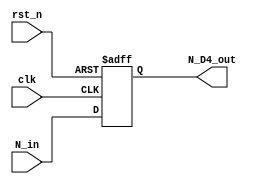
module R16_NPipeReg3(N_D4_out,                      
                     N_in,                          
                     rst_n,                         
                     clk                            
                     ) ;                            
                                                    
parameter P_WIDTH     = 64 ;                        
parameter P_ZERO      = 64'h0 ;                     
                                                    
                                                    
output [P_WIDTH-1:0] N_D4_out ;                     
                                                    
input [P_WIDTH-1:0]  N_in ;                         
input                rst_n ;                        
input                clk ;                          
                                                    
reg [P_WIDTH-1:0]  N_D4_out ;                       
                                                    
                                                    
	//                                                 
	always @(posedge clk or negedge rst_n) begin       
		if(~rst_n) begin                               
			N_D4_out <= P_ZERO ;                       
		end                                            
		else begin                                     
			N_D4_out <= N_in ;                      
		end                                            
	end                                                
                                                    
endmodule